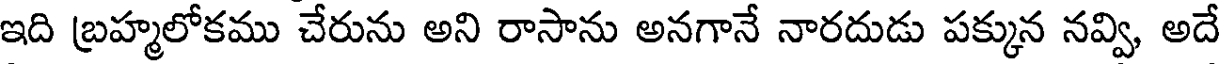
ఇది బ్రహ్మలోకము చేరును అని రాసాను అనగానే నారదుడు పక్కున నవ్వి, అదే